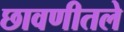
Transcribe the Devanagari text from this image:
छावणीतले